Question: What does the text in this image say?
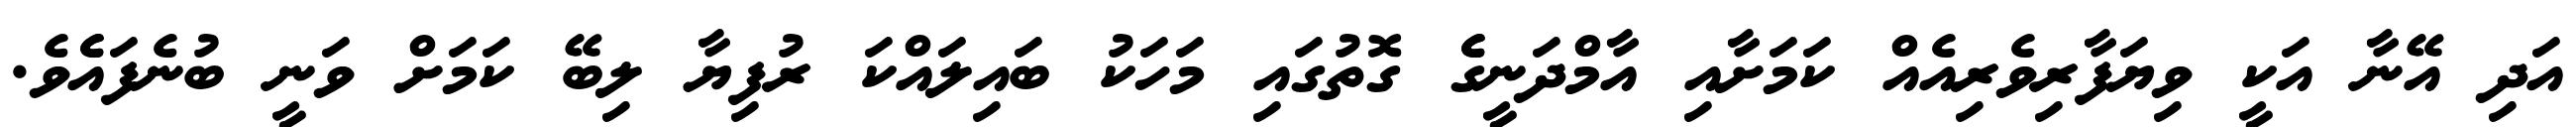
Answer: އަދި އޭނާ އަކީ ވިޔަފާރިވެރިއެއް ކަމަށާއި އާމްދަނީގެެ ގޮތުގައި މަހަކު ބައިލައްކަ ރުފިޔާ ލިބޭ ކަމަށް ވަނީ ބުނެފައެެވެ.